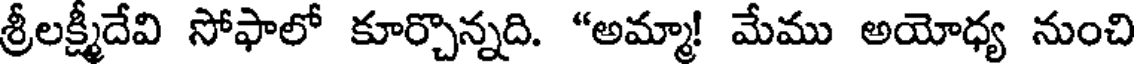
శ్రీలక్ష్మీదేవి సోఫాలో కూర్చొన్నది. "అమ్మా! మేము అయోధ్య నుంచి